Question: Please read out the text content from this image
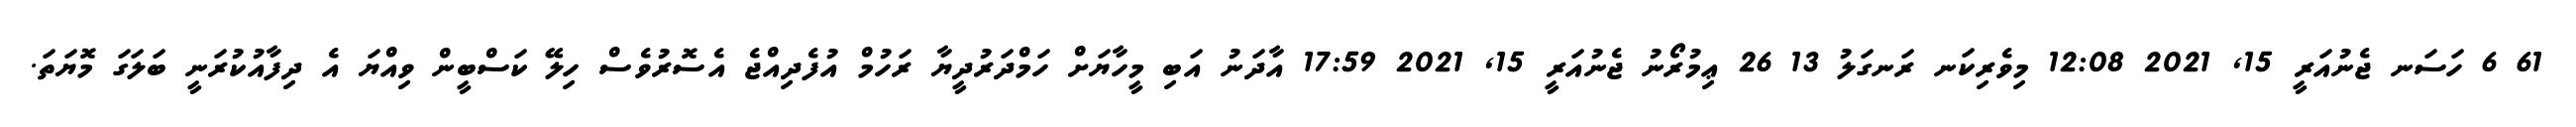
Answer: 61 6 ހަސަނ ޖެނުއަރީ 15, 2021 12:08 މިވެރިކަނ ރަނގަލު 13 26 ޢިމުރޯނު ޖެނުއަރީ 15, 2021 17:59 އާދަނު އަބި މީހާޔަށް ހަމްދަރުދީޔާ ރަހުމް އުފެދިއްޖެ އެސޮރުވެސް ހިލޭ ކަސްބީން ވިއްޔަ އެ ދިފާއުކުރަނީ ބަލަގަ މޮޔަތަ.